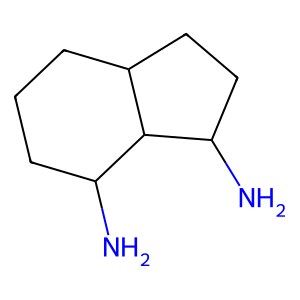
SMILES: NC1CCCC2CCC(N)C12
Inhibits HIV replication: No